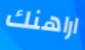
اراهنك